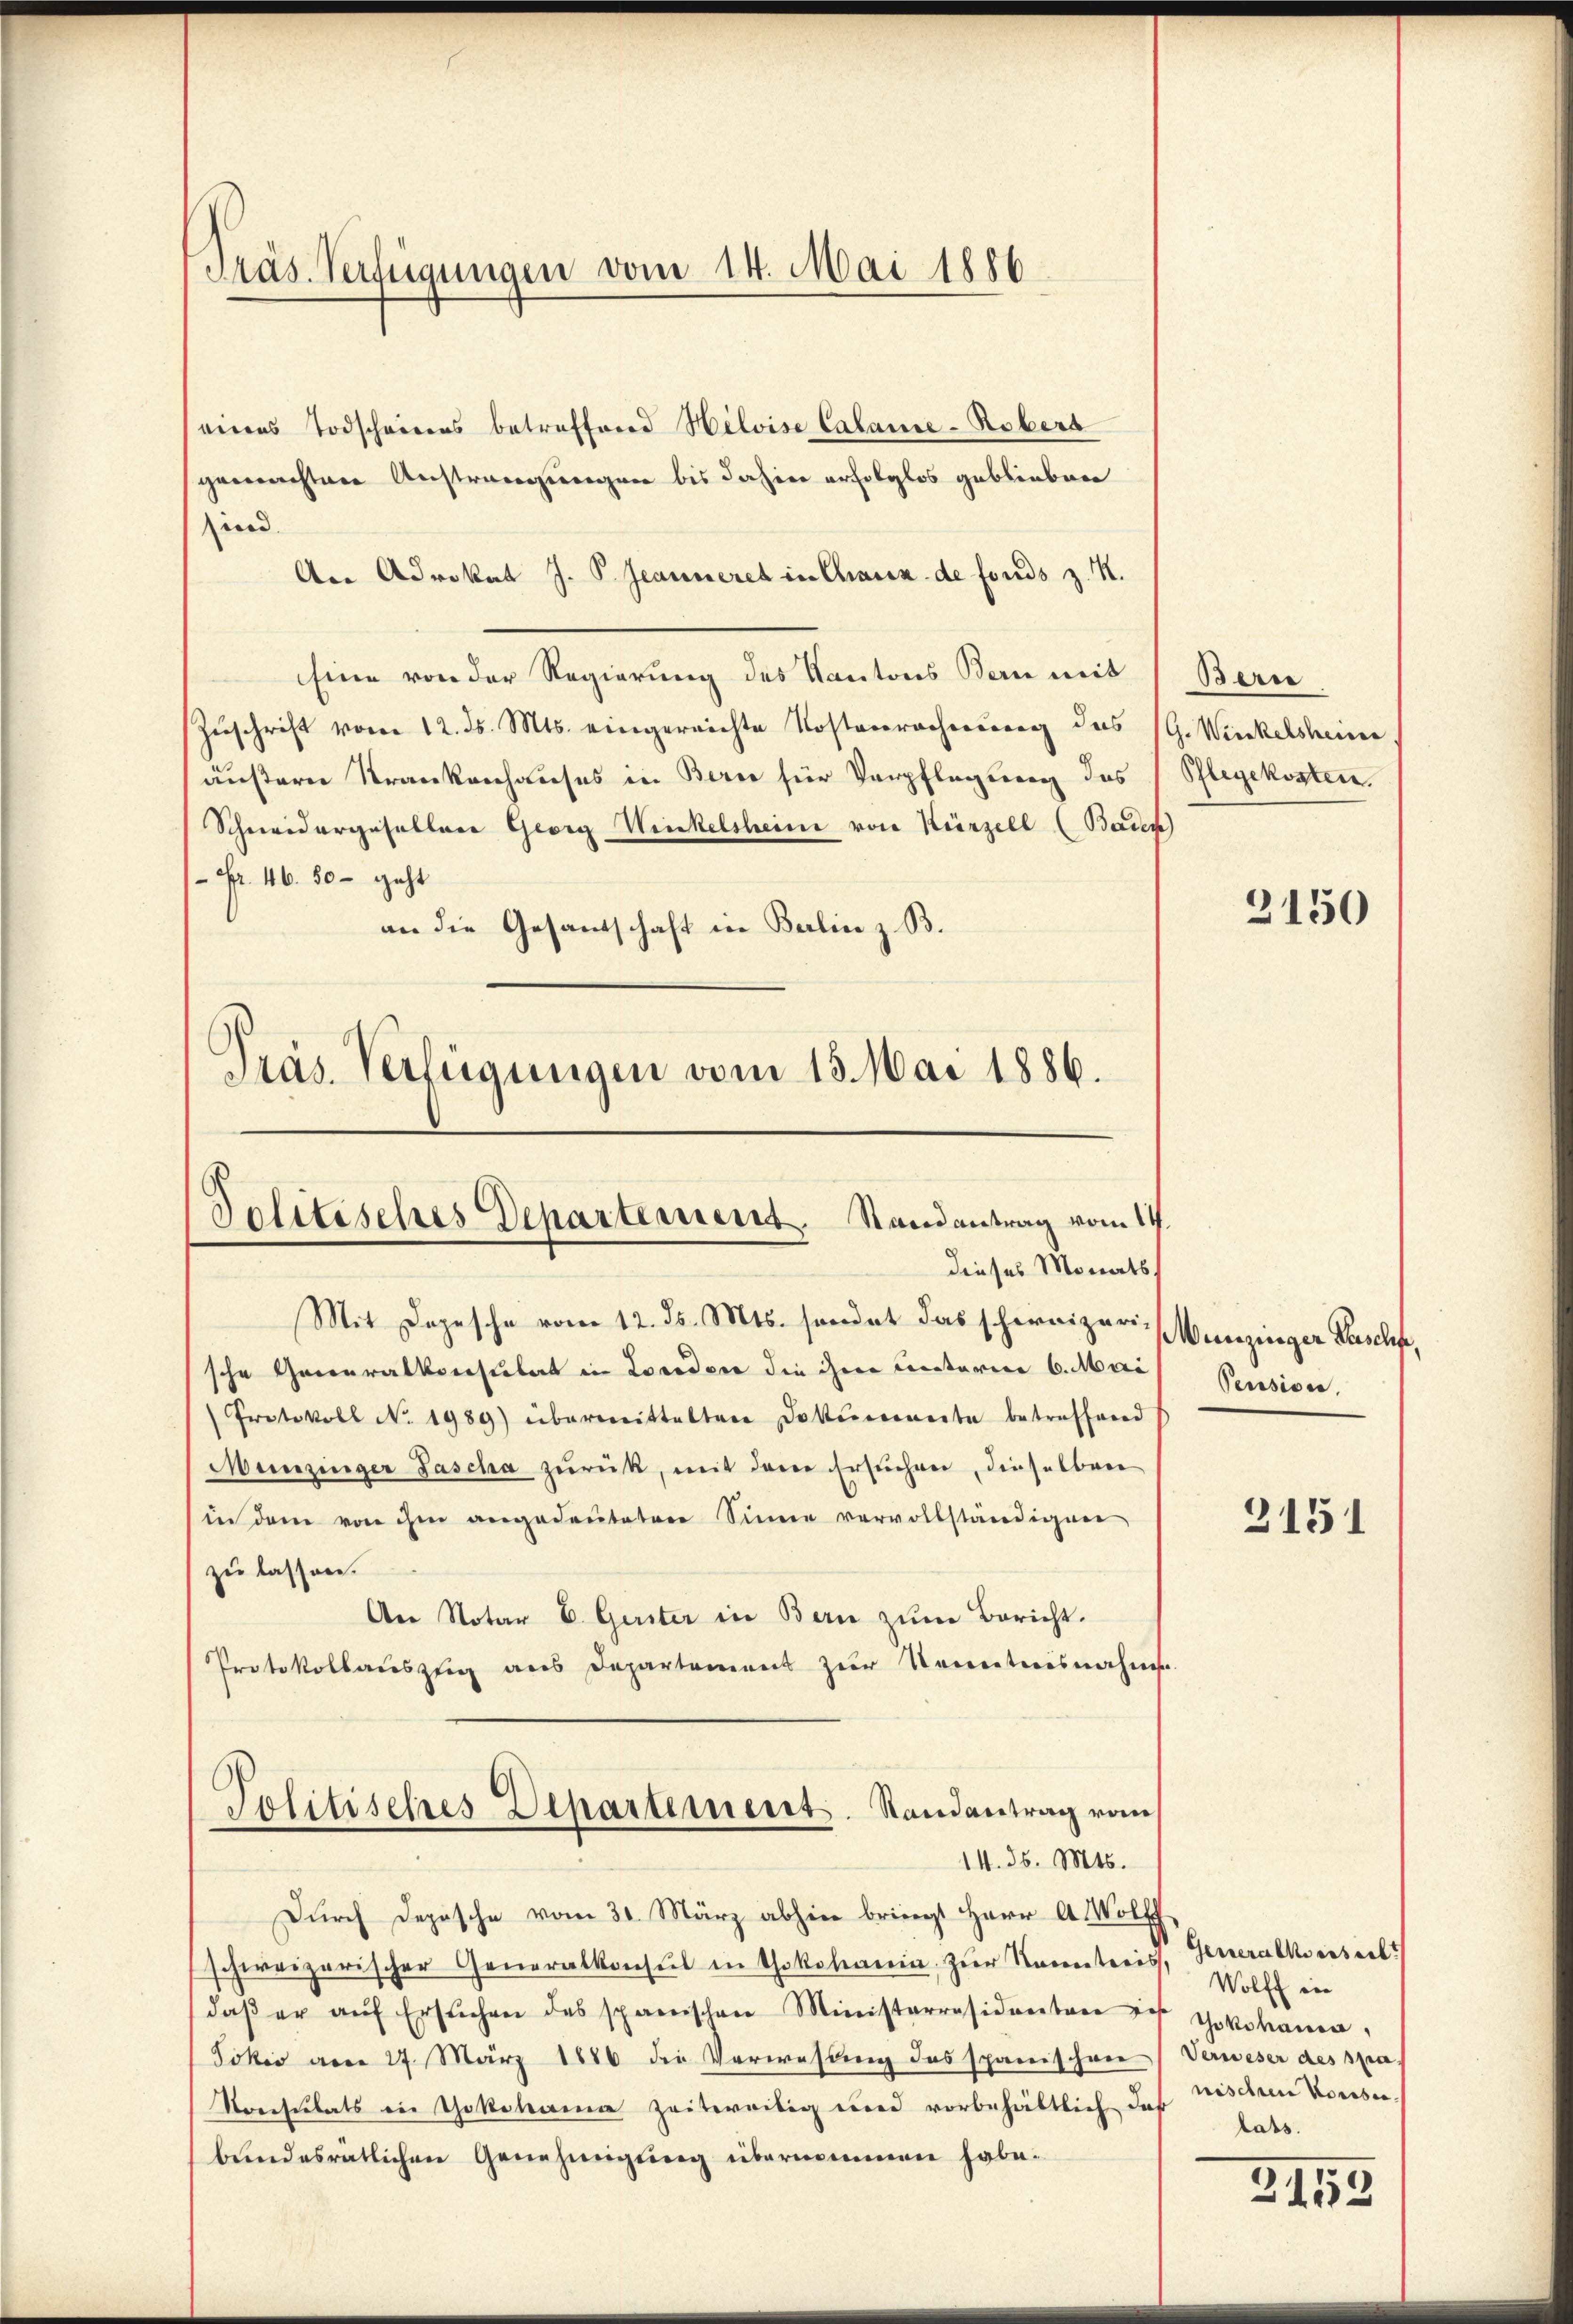
Präs. Verfügungen vom 14. Mai 1886

eines Todschaires betreffend Helvise Calame-Robers
gemachten Anstrangungen bis dahier erfolglos geblieben
und
An Advokat J. P. Jeanneres in Chaux de fonds z. R.
Eine von der Regierung des Kantons Bern mit Beri
Zŭschrift vom 12. ds. Mts. eingereichte Kostenrechnung des PG. Winkelsheim.
äußern Krankenhauses in Bern für Verpflegung des Pflegekosten.
Schneidergesellare Georg Winkelsheime von Kürzell (Baden)
Fr. 46. 50 - geht
an die Gesandschaft in Berlin z. B.
Präs. Verfügungen vom 13. Mai 1886.

Solitisches Departement. Randantrag vom 14.
dieses Monats

Mit Depesche vom 12. ds. Mts. sondet das schirnizerische Generalkonsulat in Locedere die ihre Cretarien 6. Mari
Protokoll No 1989) übermittelten Dokumente betreffend
Munzinger Fascha zurück, mit dem Ersuchen, dieselben
in dem von ihm angedeuteten Sinne vervollständigen
zu lassen.
An Notar E. Gerster in Bern zum Bericht.
Protokollauszug aus Departement zur Kenntnisnahm
Politisches Departement. Randantrag vom
14. d. Mts.
Durch Depesche vom 31. März abhin bringt Herr A. Wolf
schweizerischer Generalkonsul in Yokoharin zur Namentaris,
daβ er aŭf ersŭchen des spanischen Ministerräsidentar zu Gokohamer
Jokić vom 27. März 1886 die Verwesung das spanischrie
Konsulats in Yokohama zeitweilig und vorbehältlich das
bundesratlichen Genehmigung übernommen habe.

3150

Munzinger Paschfe,
Pension.

3151

Generalkonseilt
Wolff in
Verwieser des spa
nischen Konsen
lats.

2153